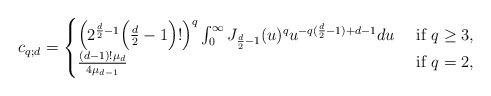
LaTeX: \begin{align*}c_{q;d}= \begin{cases}\Big(2^ {\frac d2 -1}\Big(\frac d2-1\Big)! \Big)^ q\int_0^ \infty J_{\frac d2 -1}(u)^ q u^ {-q(\frac d2-1)+d-1}du& \mbox{ if } q\geq 3,\cr\frac{(d-1)! \mu_d}{4\mu_{d-1}}&\mbox{ if } q=2,\\\end{cases}\end{align*}